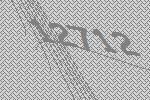
12712